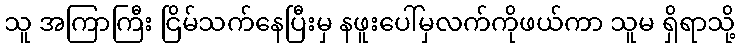
သူ အကြာကြီး ငြိမ်သက်နေပြီးမှ နဖူးပေါ်မှလက်ကိုဖယ်ကာ သူမ ရှိရာသို့